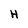
Character: H